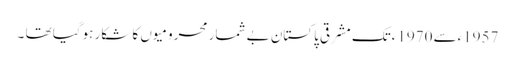
1957ءسے 1970ءتک مشرقی پاکستان بے شمار محرومیوں کا شکار ہوگیا تھا ۔